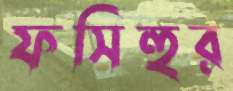
ফসিহুর